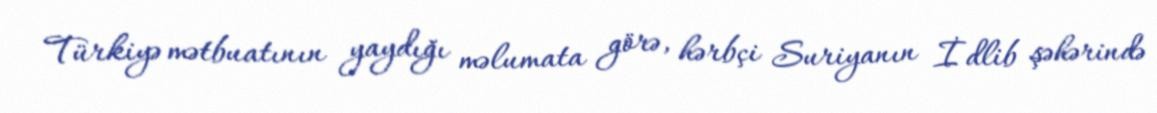
Türkiyə mətbuatının yaydığı məlumata görə, hərbçi Suriyanın İdlib şəhərində